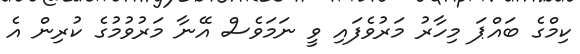
ކިމްގެ ބައްޕަ މިހާރު މަރުވެފައި ވީ ނަމަވެސް އޭނާ މަރުވުމުގެ ކުރިން އެ